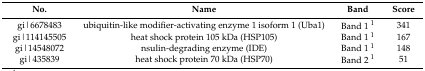
<table><thead><tr><td><b>No.</b></td><td><b>Name</b></td><td><b>Band</b></td><td><b>Score</b></td></tr></thead><tbody><tr><td>gi|6678483</td><td>ubiquitin-like modifier-activating enzyme 1 isoform 1 (Uba1)</td><td>Band 1 <sup>1</sup></td><td>341</td></tr><tr><td>gi|114145505</td><td>heat shock protein 105 kDa (HSP105)</td><td>Band 1 <sup>1</sup></td><td>167</td></tr><tr><td>gi|14548072</td><td>nsulin-degrading enzyme (IDE)</td><td>Band 1 <sup>1</sup></td><td>148</td></tr><tr><td>gi|435839</td><td>heat shock protein 70 kDa (HSP70)</td><td>Band 2 <sup>1</sup></td><td>51</td></tr></tbody></table>